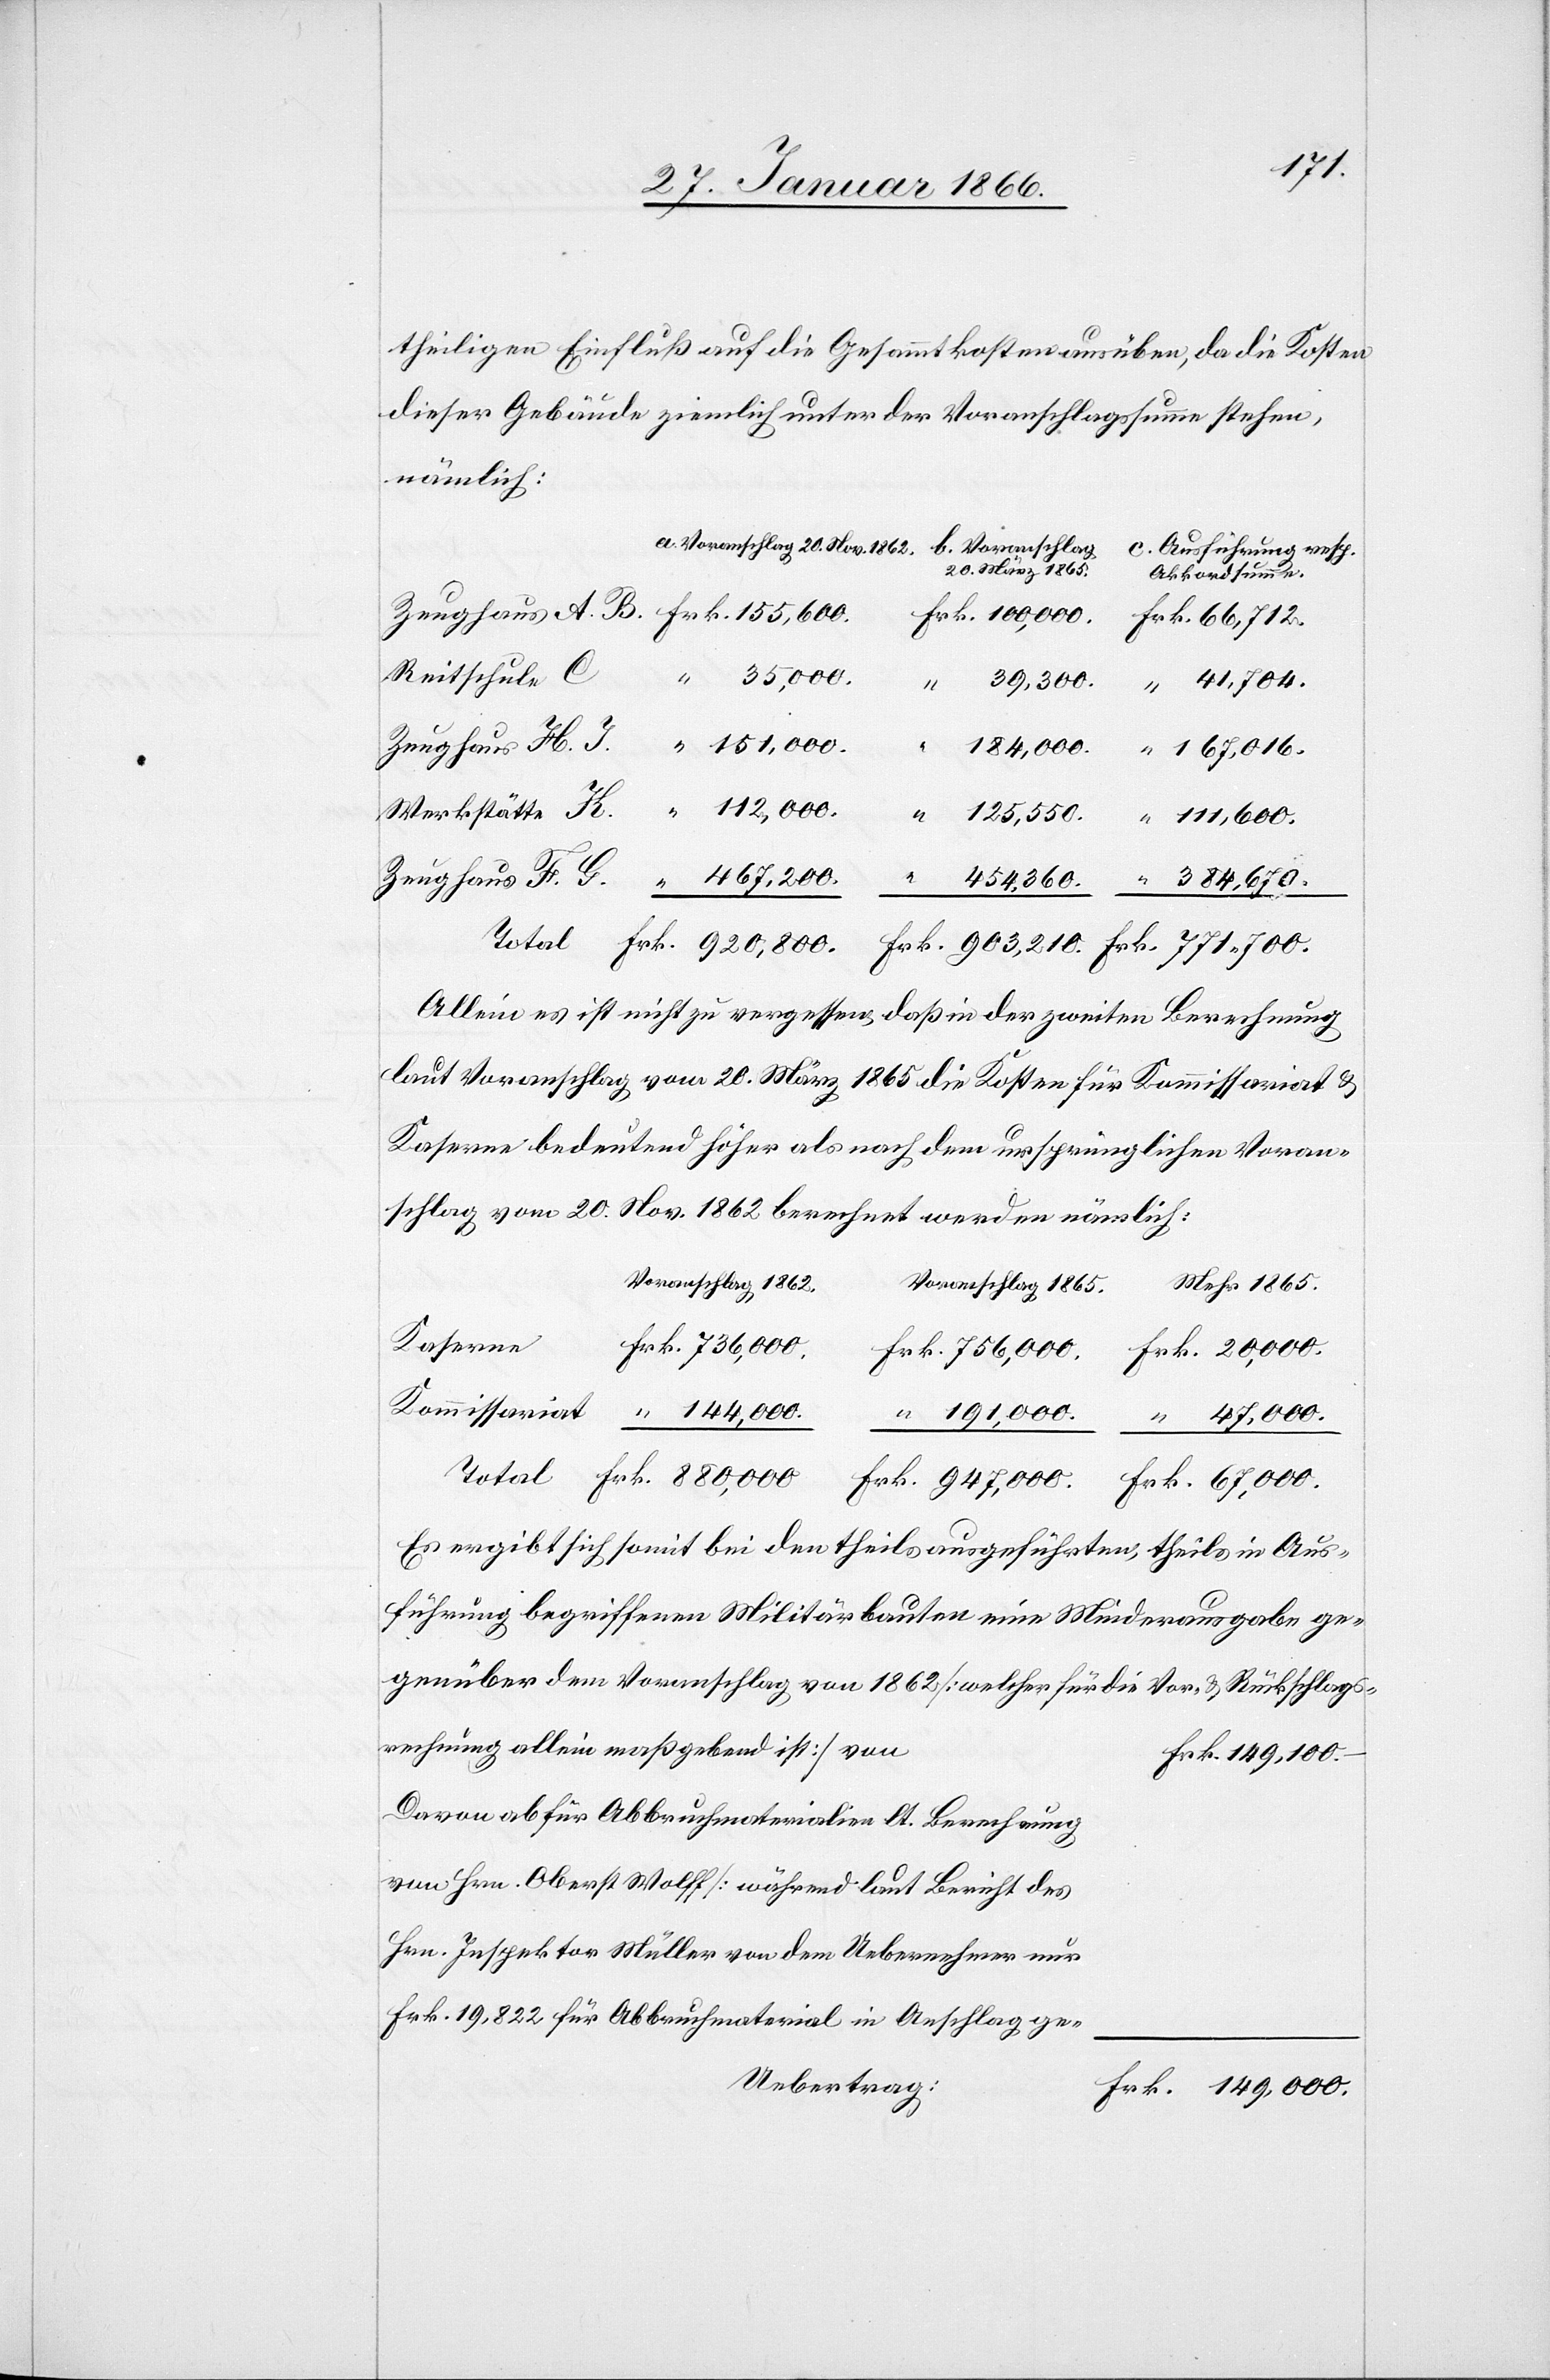
n			F¬
theiligen Einfluss auf die Gesammtkosten ausüben, da die Kosten
dieser Gebäude ziemlich unter der Voranschlagssumme stehen,
nämlich:
c. Ausführung resp. Akkordsumme.
K.
Allein es ist nicht zu vergessen, daß in der zweiten Berechnung
laut Voranschlag vom 20. März 1865 die Kosten für Kommissariat u.
Kaserne bedeutend höher als nach dem ursprünglichen Voran¬
schlag vom 20. Nov. 1862 berechnet werden nämlich:
Voranschlag 1865.
Voranschlag 20. März 1865.
1865.
Kaserne
Frk. 880,000.
“ 191,000.
“ 47,000.
Frk. 67,000.
Es ergibt sich somit bei den theils ausgeführten, theils in Aus¬
führung begriffenen Militärbauten eine Minderausgabe ge¬
genüber dem Voranschlag von 1862 [welcher für die Vor- u. Rückschlags¬
rechnung allein maßgebend ist] vo¬
Frk. 903,210.
Daran ab für Abbruchmaterialien lt. Berechnung
von Hrn. Oberst Wolff [ während laut Bericht des
Hrn. Inspektor Müller von dem Uebernehmer nur
Frk. 19,822 für Abbruchmaterial in Anschlag ge-
rk. 149,000.–